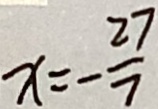
x = - \frac { 2 7 } { 7 }